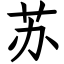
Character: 苏